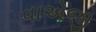
વાએજી